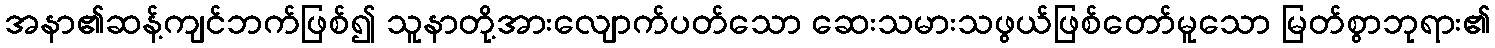
အနာ၏ဆန့်ကျင်ဘက်ဖြစ်၍ သူနာတို့အားလျောက်ပတ်သော ဆေးသမားသဖွယ်ဖြစ်တော်မူသော မြတ်စွာဘုရား၏